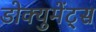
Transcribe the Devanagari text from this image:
डोक्युमेंट्स